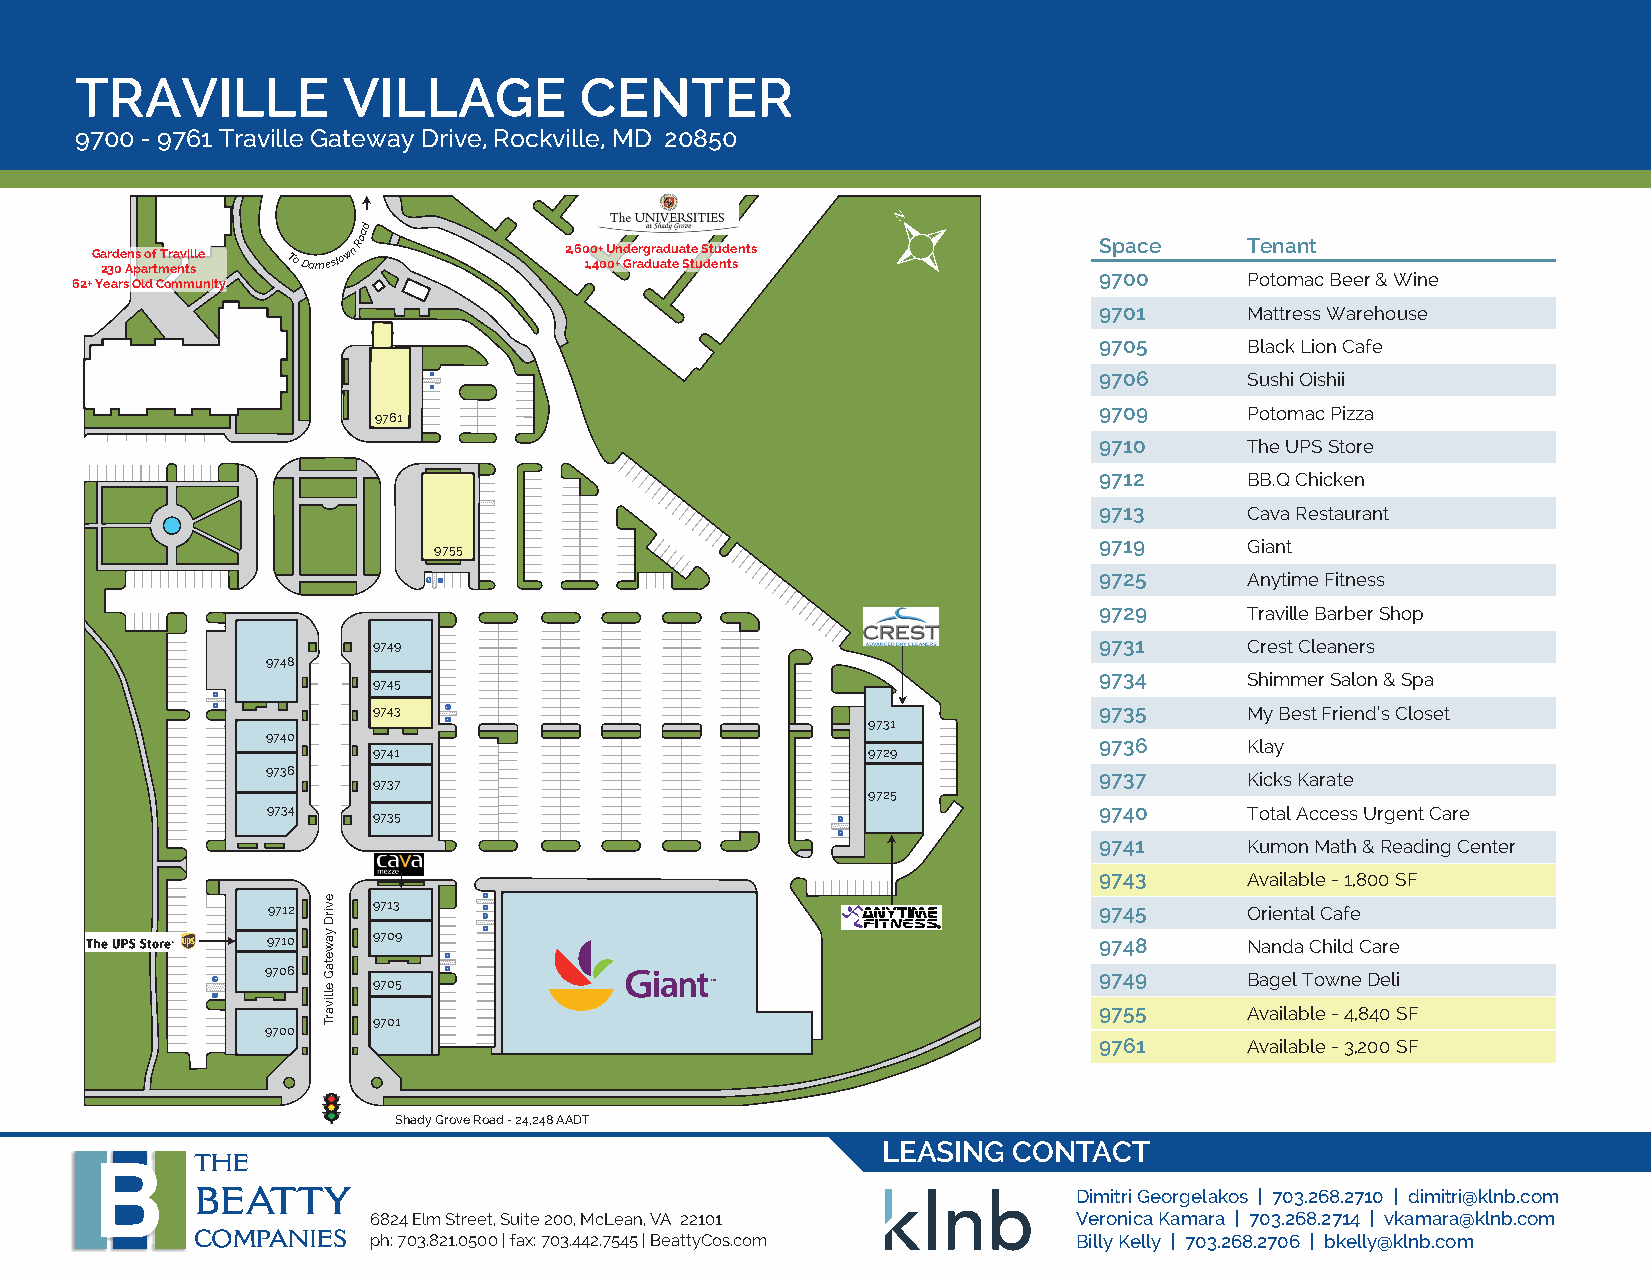
TRAVILLE          VILLAGE        CENTER
 9700 - 9761 Traville Gateway Drive, Rockville, MD 20850
 Ga 2r 3d 0e An ps
 a
 o rf
 t
 mTr ea nv ti slle
 ToDarnestownRoad
 2,60 1,0 4+
 0
 U 0+n d Ge rarg dr ua ad tu ea St te
 u
 S dt eu nd te snts
 S 97p 0a 0ce Tenant
 62+ Years Old Community                                                       Potomac Beer & Wine
 9701
 Mattress Warehouse
 9705
 Black Lion Cafe
 9706
 Sushi Oishii
 9709
 Potomac Pizza
 9761
 9710
 The UPS Store
 9712
 BB.Q Chicken
 9713
 Cava Restaurant
 9719
 9755                                                  Giant
 9725
 Anytime Fitness
 9729
 Traville Barber Shop
 9731
 9749                                                      Crest Cleaners
 9748
 9734
 9745                                                      Shimmer Salon & Spa
 9735
 9743                                                      My Best Friend’s Closet
 9731
 9740                                                   9736
 Klay
 9741                            9729
 9736                                                   9737
 9737                                                      Kicks Karate
 9725
 9734   9735                                            9740      Total Access Urgent Care
 9741
 Kumon Math & Reading Center
 9743
 Available - 1,800 SF
 9712   9713                                            9745      Oriental Cafe
 9710   9709                                            9748      Nanda Child Care
 9706                                                   9749
 9705                                                      Bagel Towne Deli
 9755
 Available - 4,840 SF
 9701
 9700
 9761
 Available - 3,200 SF
 Shady Grove Road - 24,248 AADT
 LEASING  CONTACT
 THE
 BEATTY                                                    Dimitri Georgelakos | 703.268.2710 | dimitri@klnb.com
 6824 Elm Street, Suite 200, McLean,VA 22101    Veronica Kamara | 703.268.2714 | vkamara@klnb.com
 COMPANIES  ph: 703.821.0500 | fax: 703.442.7545 | BeattyCos.com Billy Kelly | 703.268.2706 | bkelly@klnb.com
 evirD
 yawetaG
 ellivarT